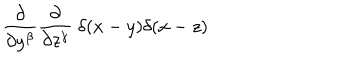
{ \frac { \partial } { \partial y ^ { \beta } } } { \frac { \partial } { \partial z ^ { \gamma } } } \ \delta ( x - y ) \delta ( x - z )